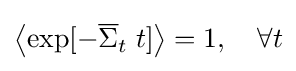
\left\langle {\exp[-{\overline {\Sigma }}_{t}\;t]}\right\rangle =1,\quad \forall t